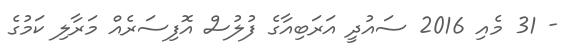
- 31 މެއި 2016 ސައުދީ އަރަބިއާގެ ފުލުސް އޮފިސަރެއް މަރާލި ކަމުގެ